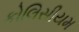
કોલિસીયમ